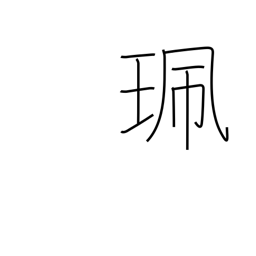
Meaning: bauble